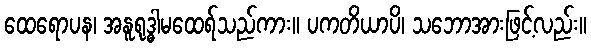
ထေရောပန၊ အနူရုဒ္ဓါမထေရ်သည်ကား။ ပကတိယာပိ၊ သဘောအားဖြင့်လည်း။